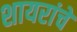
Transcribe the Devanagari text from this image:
शायरांचे